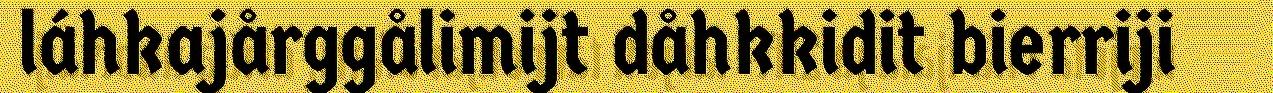
láhkajårggålimijt dåhkkidit bierriji